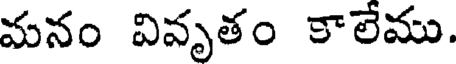
మనం వివృతం కాలేము.